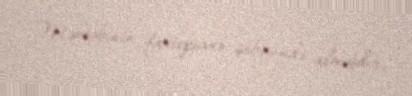
Məktəbinin fortepiano şöbəsində almışdır.